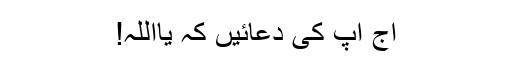
آج آپ کی دعائیں کہ یااللہ!